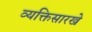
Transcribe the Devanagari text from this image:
व्यक्तिसारखे